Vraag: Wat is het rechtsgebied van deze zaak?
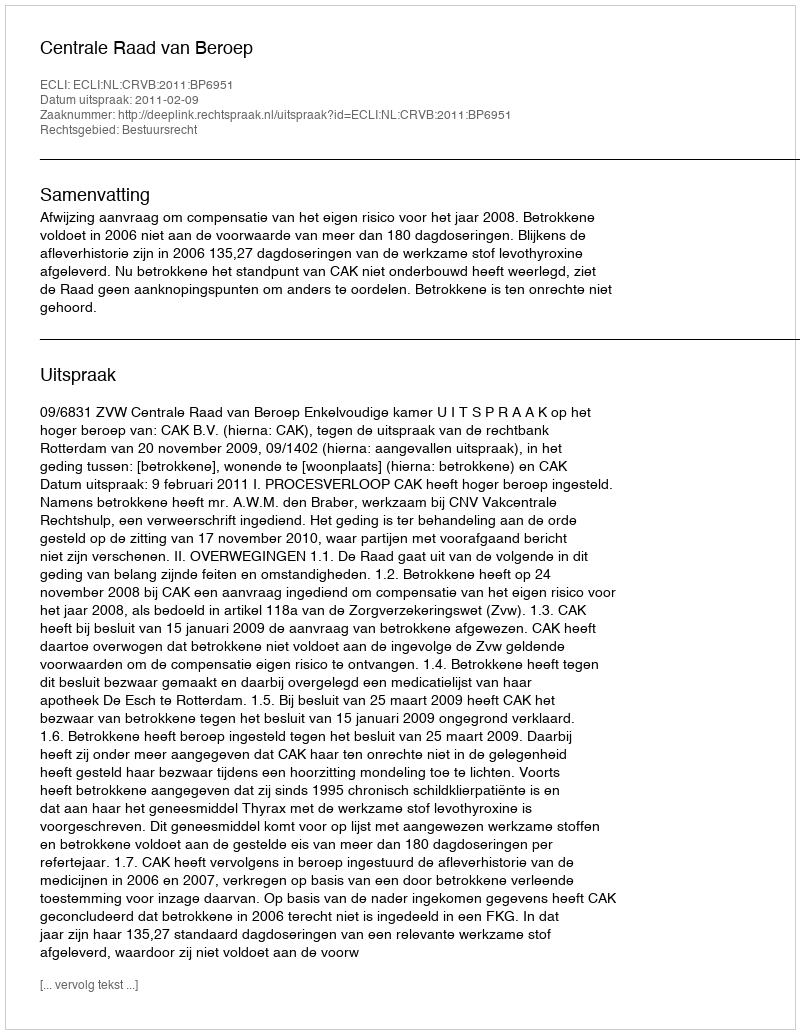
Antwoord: Bestuursrecht